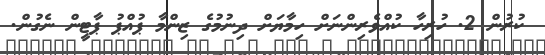
ކުރުން 2. ހުރިހާ ކުއްވެރިންނަށް ހިމާޔަށް ދިނުމުގެ ޒިންމާ ޕުއްޕު ޕާޓީން ނެގުން.